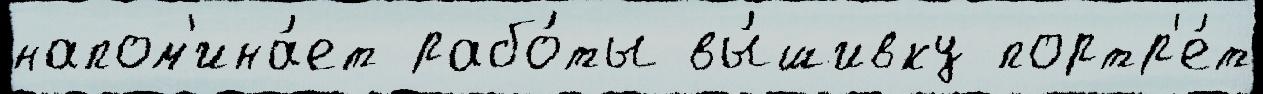
напом'ина́ет рабо́ты вы́шивку портр'е́т